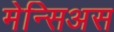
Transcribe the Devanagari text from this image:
मेन्सिअस